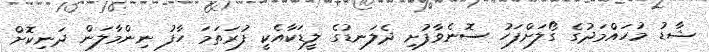
ޝާޑު މުހައްމަދުގެ ގޯލަށްފަހު ސޮނެވާފުށި ދެލަނޑުގެ ލީޑަކާއެކީ ފުރަތަމަ ހާފު ނިންމާލަން ދަނިކޮށް